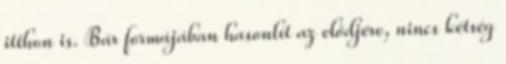
itthon is. Bár formájában hasonlít az elődjére, nincs kétség